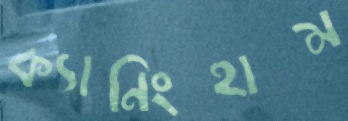
ক্যানিংহাম